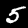
Label: 5